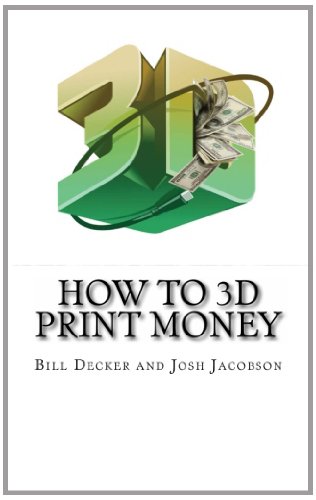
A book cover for How To 3D Print Money: Second Edition; Bill Decker; Computers & Technology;